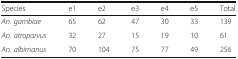
<table><thead><tr><td><b>Species</b></td><td><b>e1</b></td><td><b>e2</b></td><td><b>e3</b></td><td><b>e4</b></td><td><b>e5</b></td><td><b>Total</b></td></tr></thead><tbody><tr><td><i>An. gambiae</i></td><td>65</td><td>62</td><td>47</td><td>30</td><td>33</td><td>139</td></tr><tr><td><i>An. atroparvus</i></td><td>32</td><td>27</td><td>15</td><td>19</td><td>10</td><td>61</td></tr><tr><td><i>An. albimanus</i></td><td>70</td><td>104</td><td>75</td><td>77</td><td>49</td><td>256</td></tr></tbody></table>